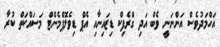
އަހްމަދުވެސް އަންނަނީ ވެބް އަދި ގްރެފިކް ޑިޒައިނާއި އެޕް ޑިވެލޮޕްމެންޓް މަސައްކަތް ކުރާ